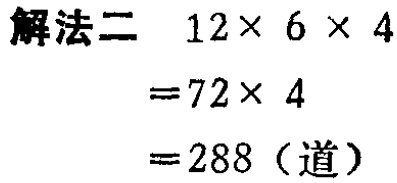
\(

\begin{align*}

\text{解法二} \quad 12\times 6\times 4&\\

=72\times 4&\\

=288 \text{（道）}&

\end{align*}

\)